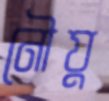
নৌযু